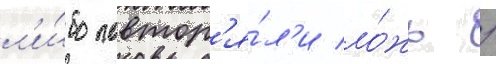
л'и́бо повтор'я́л'и ло́жь /